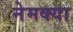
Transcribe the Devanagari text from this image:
नेमक्‍या